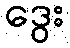
ဒွေး